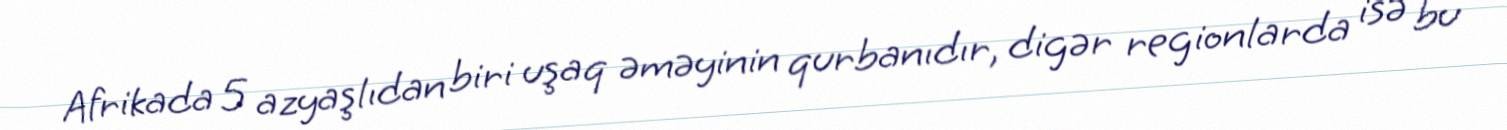
Afrikada 5 azyaşlıdan biri uşaq əməyinin qurbanıdır, digər regionlarda isə bu